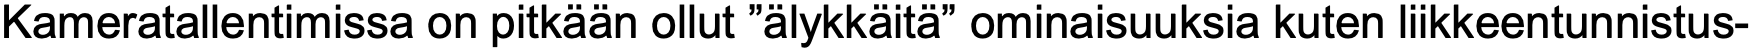
Kameratallentimissa on pitkään ollut ”älykkäitä” ominaisuuksia kuten liikkeentunnistus-